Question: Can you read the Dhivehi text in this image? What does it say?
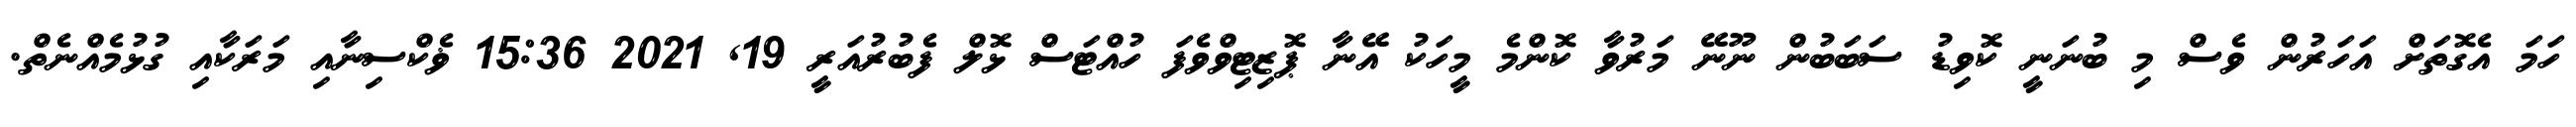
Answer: ހަމަ އެގޮތަށް އަހަރުން ވެސް މި ބުނަނީ ކޮވިޑު ސަބަބުން ނޫނޭ މަރުވާ ކޮންމެ މީހަކު އޭނާ ޕޮޒިޓިވްވެފަ ހުއްޓަސް ޅޮލް ފެބުރުއަރީ 19, 2021 15:36 ޥެކްސިނާއި މަރަކާއި ގުޅުމެއްނެތް.